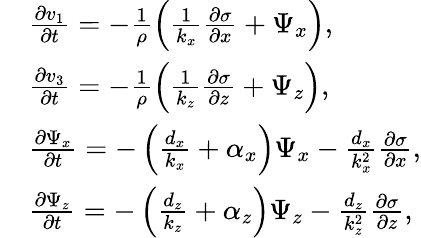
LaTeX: \begin{array}{rl}&{\frac{\partial v_{1}}{\partial t}=-\frac{1}{\rho}\left(\frac{1}{k_{x}}\frac{\partial\sigma}{\partial x}+\Psi_{x}\right),}\\ &{\frac{\partial v_{3}}{\partial t}=-\frac{1}{\rho}\left(\frac{1}{k_{z}}\frac{\partial\sigma}{\partial z}+\Psi_{z}\right),}\\ &{\frac{\partial\Psi_{x}}{\partial t}=-\left(\frac{d_{x}}{k_{x}}+\alpha_{x}\right)\Psi_{x}-\frac{d_{x}}{k_{x}^{2}}\frac{\partial\sigma}{\partial x},}\\ &{\frac{\partial\Psi_{z}}{\partial t}=-\left(\frac{d_{z}}{k_{z}}+\alpha_{z}\right)\Psi_{z}-\frac{d_{z}}{k_{z}^{2}}\frac{\partial\sigma}{\partial z},}\end{array}